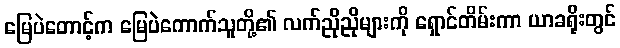
မြေပဲတောင့်က မြေပဲကောက်သူတို့၏ လက်ညိုညိုများကို ရှောင်တိမ်းကာ ယာခရိုးတွင်